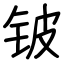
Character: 铍